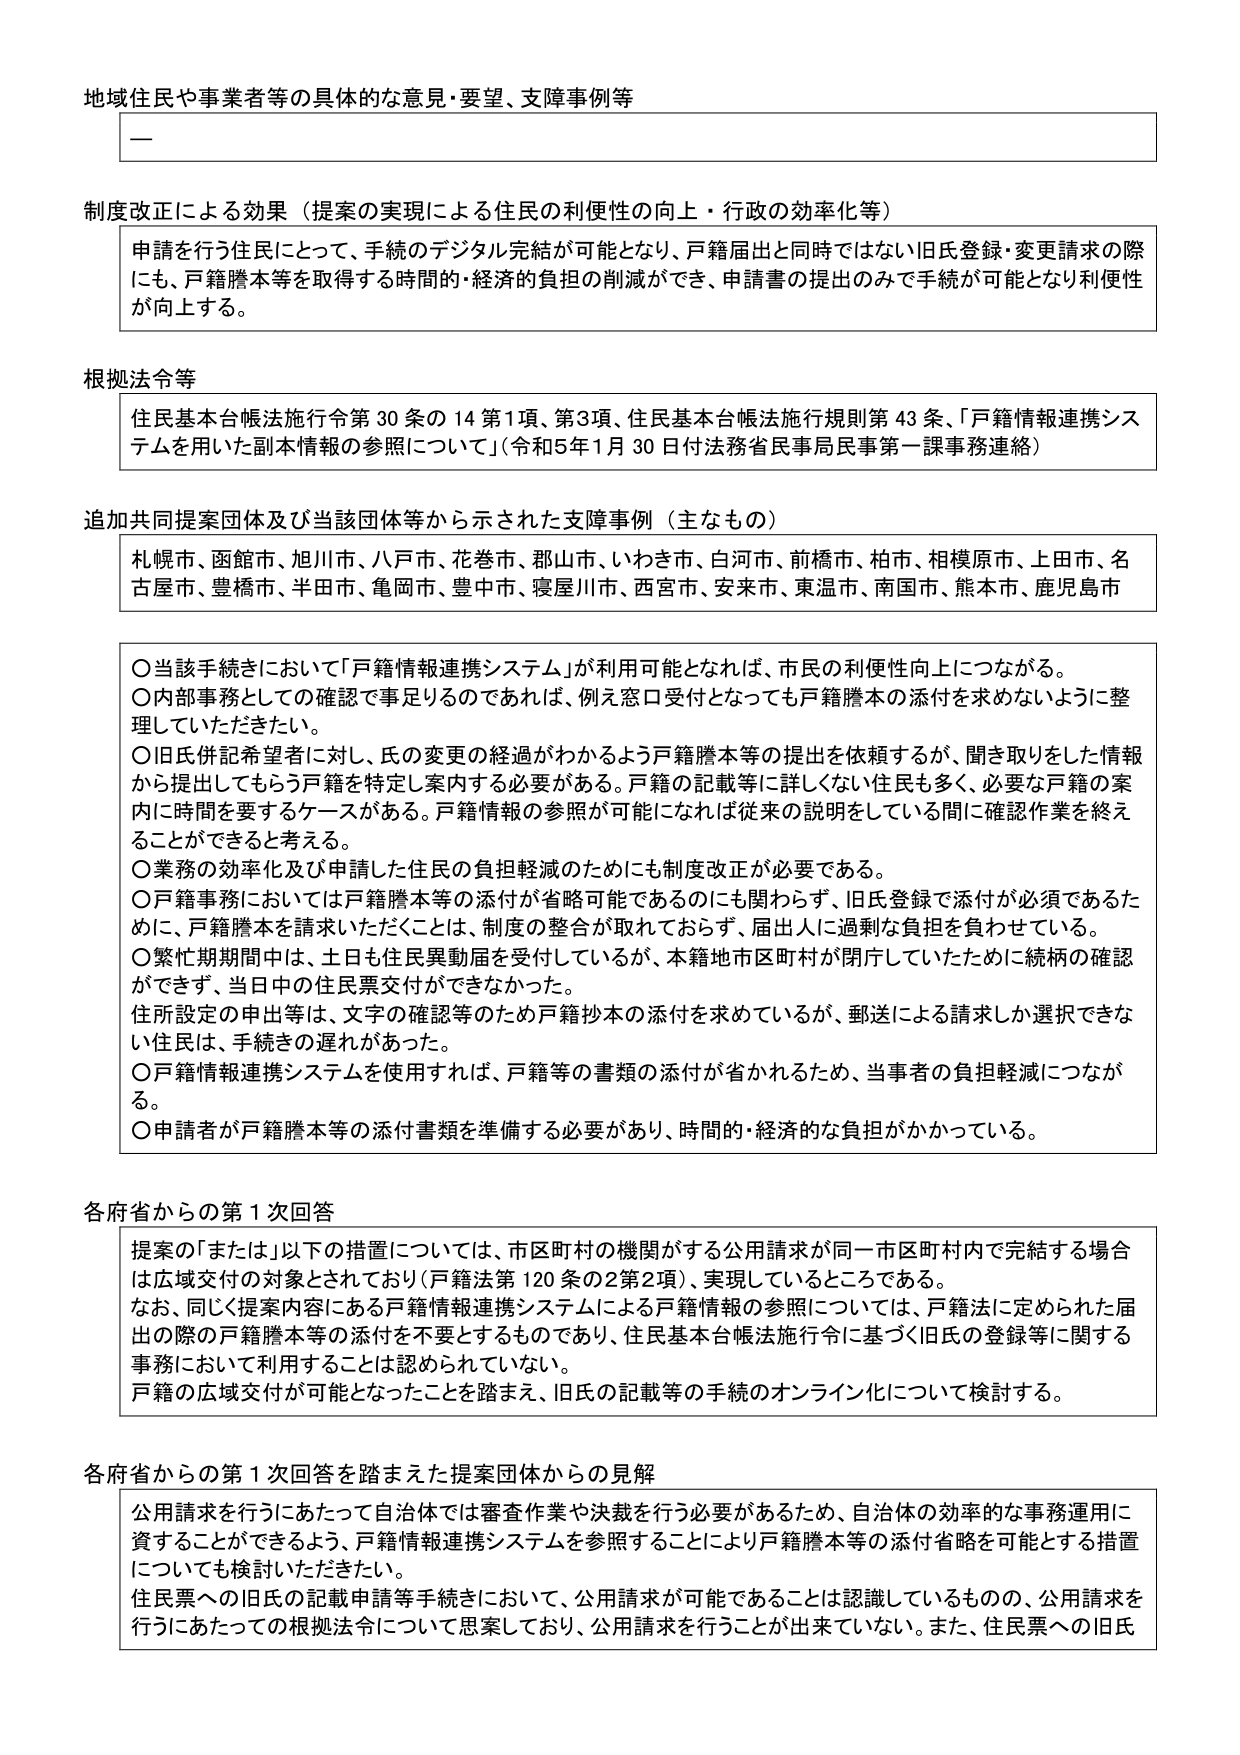
地域住民や事業者等の具体的な意見・要望、支障事例等

—

制度改正による効果（提案の実現による住民の利便性の向上・行政の効率化等）
申請を行う住民にとって、手続のデジタル完結が可能となり、戸籍届出と同時ではない旧氏登録・変更請求の際にも、戸籍謄本等を取得する時間的・経済的負担の削減ができ、申請書の提出のみで手続が可能となり利便性が向上する。

根拠法令等
住民基本台帳法施行令第30条の14第1項、第3項、住民基本台帳法施行規則第43条、「戸籍情報連携システムを用いた副本情報の参照について」（令和5年1月30日付法務省民事局民事第一課事務連絡）

追加共同提案団体及び当該団体等から示された支障事例（主なもの）
札幌市、函館市、旭川市、八戸市、花巻市、郡山市、いわき市、白河市、前橋市、柏市、相模原市、上田市、名古屋市、豊橋市、半田市、亀岡市、豊中市、寝屋川市、西宮市、安来市、東温市、南国市、熊本市、鹿児島市

○当該手続きにおいて「戸籍情報連携システム」が利用可能となれば、市民の利便性向上につながる。
○内部事務としての確認で事足りるのであれば、例え窓口受付となっても戸籍謄本の添付を求めないように整理していただきたい。
○旧氏併記希望者に対し、氏の変更の経過がわかるよう戸籍謄本等の提出を依頼するが、聞き取りをした情報から提出してもらう戸籍を特定し案内する必要がある。戸籍の記載等に詳しくない住民も多く、必要な戸籍の案内に時間を要するケースがある。戸籍情報の参照が可能になれば従来の説明をしている間に確認作業を終えることができると思う。
○業務の効率化及び申請した住民の負担軽減のためにも制度改正が必要である。
○戸籍事務においては戸籍謄本等の添付が省略可能であるのにも関わらず、旧氏登録で添付が必須であるために、戸籍謄本を請求いただくことは、制度の整合が取れておらず、届出人に過剰な負担を負わせている。
○繁忙期期間中は、土日も住民異動届を受けているが、本籍地市区町村が閉庁していたために続柄の確認ができず、当日中の住民票交付ができなかった。
住所設定の申出等は、文字の確認等のため戸籍抄本の添付を求めているが、郵送による請求しか選択できない住民は、手続きの遅れがあった。
○戸籍情報連携システムを使用すれば、戸籍等の書類の添付が省かれるため、当事者の負担軽減につながる。
○申請者が戸籍謄本等の添付書類を準備する必要があり、時間的・経済的な負担がかかっている。

各府省からの第1次回答
提案の「または」以下の措置については、市区町村の機関がする公用請求が同一市区町村内で完結する場合は広域交付の対象とされており（戸籍法第120条の2第2項）、実現しているところである。
なお、同じ提案内容にある戸籍情報連携システムによる戸籍情報の参照については、戸籍法に定められた届出の際の戸籍謄本等の添付を不要とするものであり、住民基本台帳法施行令に基づく旧氏の登録等に関する事務において利用することは認められていない。
戸籍の広域交付が可能となったことを踏まえ、旧氏の記載等の手続のオンライン化について検討する。

各府省からの第1次回答を踏まえた提案団体からの見解
公用請求を行うにあたって自治体では審査作業や決裁を行う必要があるため、自治体の効率的な事務運用に資することができるよう、戸籍情報連携システムを参照することにより戸籍謄本等の添付省略を可能とする措置についても検討いただきたい。
住民票への旧氏の記載申請等手続きにおいて、公用請求が可能であることは認識しているものの、公用請求を行うにあたっての根拠法令について思案しており、公用請求を行うことが出来ていない。また、住民票への旧氏